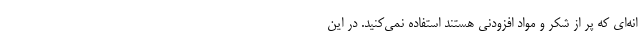
انه‌ای که پر از شکر و مواد افزودنی هستند استفاده نمی‌کنید. در این